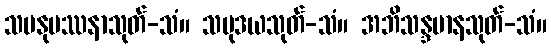
သမနုပဿနာသုတ်-သံ။ သမုဒယသုတ်-သံ။ အဘိသန္ဒမာနသုတ်-သံ။